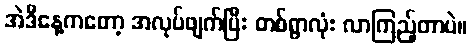
အဲဒီနေ့ကတော့ အလုပ်ဖျက်ပြီး တစ်ရွာလုံး လာကြည့်တာပဲ။